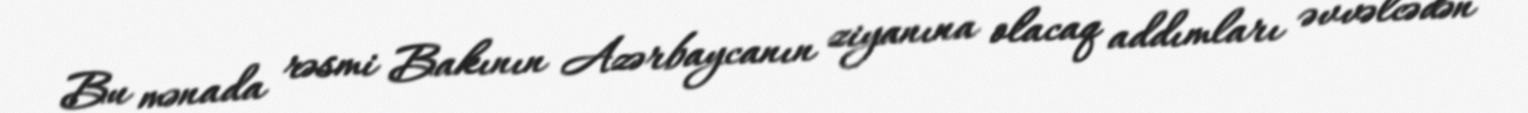
Bu mənada rəsmi Bakının Azərbaycanın ziyanına olacaq addımları əvvəlcədən